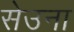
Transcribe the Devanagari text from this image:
सेउना